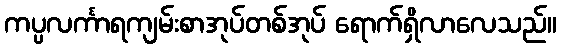
ကပ္ပလင်္ကာရကျမ်းစာအုပ်တစ်အုပ် ရောက်ရှိလာလေသည်။